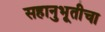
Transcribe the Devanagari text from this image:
सहानुभूतीचा